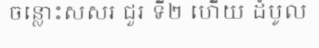
ចន្លោះសសរ ជួរ ទី២ ហើយ ដំបូល